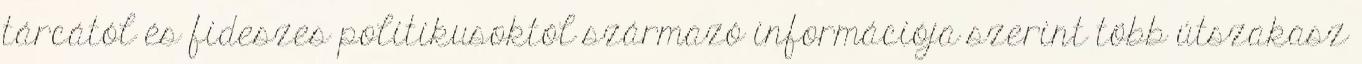
tárcától és fideszes politikusoktól származó információja szerint több útszakasz